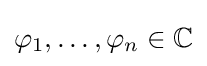
\varphi _{1},\ldots ,\varphi _{n}\in \mathbb {C}